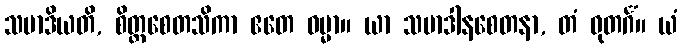
သမာဒိယတိ, စိတ္တစေတသိကာ ဧတေ ဓမ္မာ။ ယာ သမာဒါနစေတနာ, တံ ဓုတင်္ဂံ။ ယံ